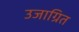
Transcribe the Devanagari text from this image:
उजाग्रित